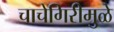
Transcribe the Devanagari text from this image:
चाचेगिरीमुळे